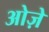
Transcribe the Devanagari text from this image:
ओज़े